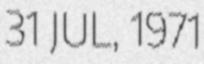
31 JUL, 1971